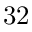
3 2